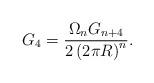
LaTeX: \begin{align*}G_4 = \frac{\Omega_n G_{n+4}}{2 \left( 2\pi R\right)^n} .\end{align*}